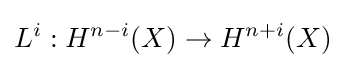
L^{i}:H^{n-i}(X)\to H^{n+i}(X)